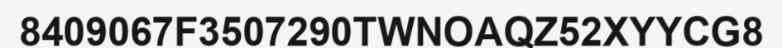
8409067F3507290TWNOAQZ52XYYCG8